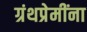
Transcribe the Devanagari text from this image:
ग्रंथप्रेमींना